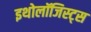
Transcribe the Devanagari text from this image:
इथोलॉजिस्ट्स